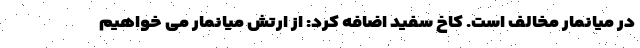
در میانمار مخالف است. کاخ سفید اضافه کرد: از ارتش میانمار می خواهیم